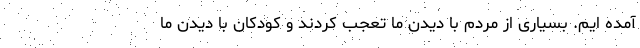
آمده ایم. بسیاری از مردم با دیدن ما تعجب کردند و کودکان با دیدن ما